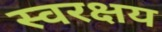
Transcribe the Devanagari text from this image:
स्वरक्षय